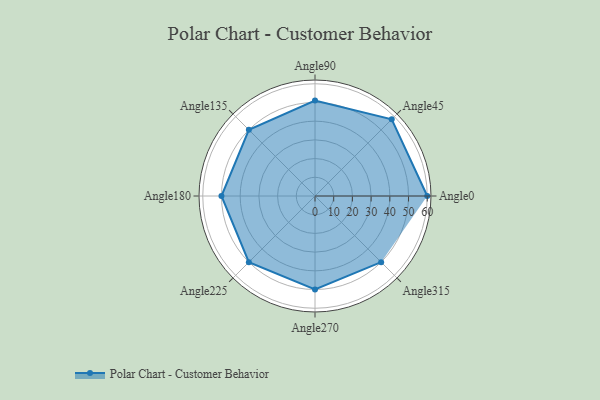
{"axis": {"x": "Angle", "y": "Radius"}, "legend": [""], "data": [{"x": "Angle0", "y": 60.0, "type": ""}, {"x": "Angle45", "y": 58.0, "type": ""}, {"x": "Angle90", "y": 51.0, "type": ""}, {"x": "Angle135", "y": 50, "type": ""}, {"x": "Angle180", "y": 50, "type": ""}, {"x": "Angle225", "y": 50, "type": ""}, {"x": "Angle270", "y": 50, "type": ""}, {"x": "Angle315", "y": 50, "type": ""}]}